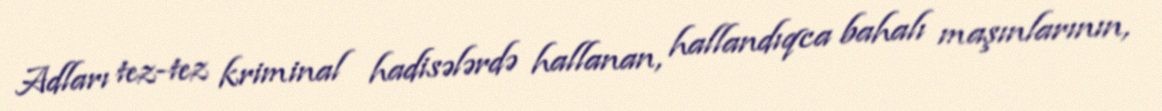
Adları tez-tez kriminal hadisələrdə hallanan, hallandıqca bahalı maşınlarının,